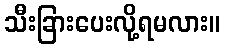
သီးခြားပေးလို့ရမလား။